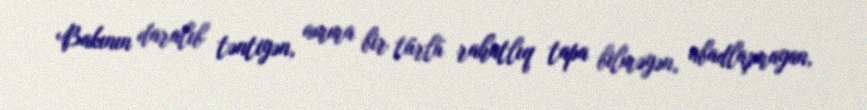
Bakının daralıb təntiyən, amma bir türlü rahatlıq tapa bilməyən, abadlaşmayan,